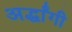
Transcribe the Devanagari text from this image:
अर्द्धांगी